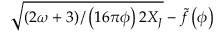
\sqrt { \left( { 2 \omega + 3 } \right) / \left( { 1 6 \pi \phi } \right) 2 X _ { J } } - \tilde { f } \left( \phi \right)